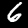
Digit: 6